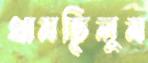
থামছিলুম